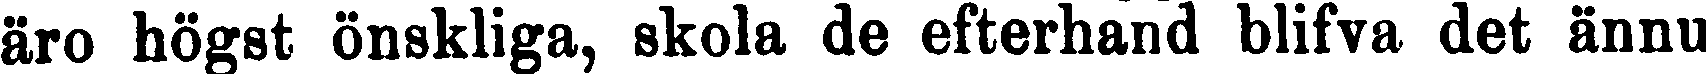
äro högst önskliga, skola de efterhand blifva det ännu